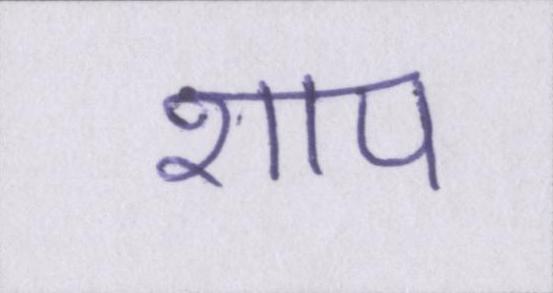
शाप